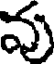
వు